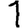
Digit: 1